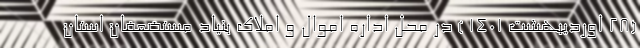
(28 اوردیبهشت 1401 ) در محل ‌اداره اموال و املاک بنیاد مستضعفان استان